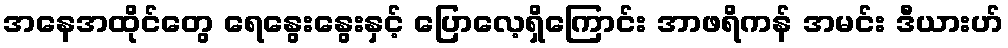
အနေအထိုင်တွေ ရေနွေးနွေးနှင့် ပြောလေ့ရှိကြောင်း အာဖရိကန် အမင်း ဒီယားဟ်